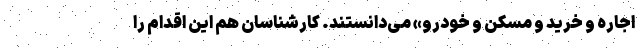
اجاره و خرید و مسکن و خودرو» می‌دانستند. کارشناسان هم این اقدام را